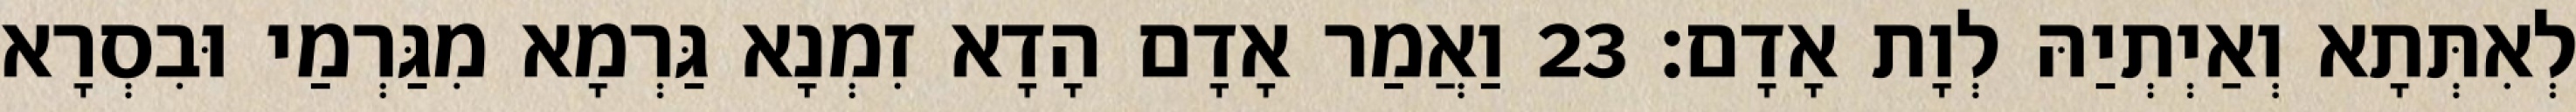
לְאִתְּתָא וְאַיְתְיַהּ לְוָת אָדָם׃ 23 וַאֲמַר אָדָם הָדָא זִמְנָא גַּרְמָא מִגַּרְמַי וּבִסְרָא